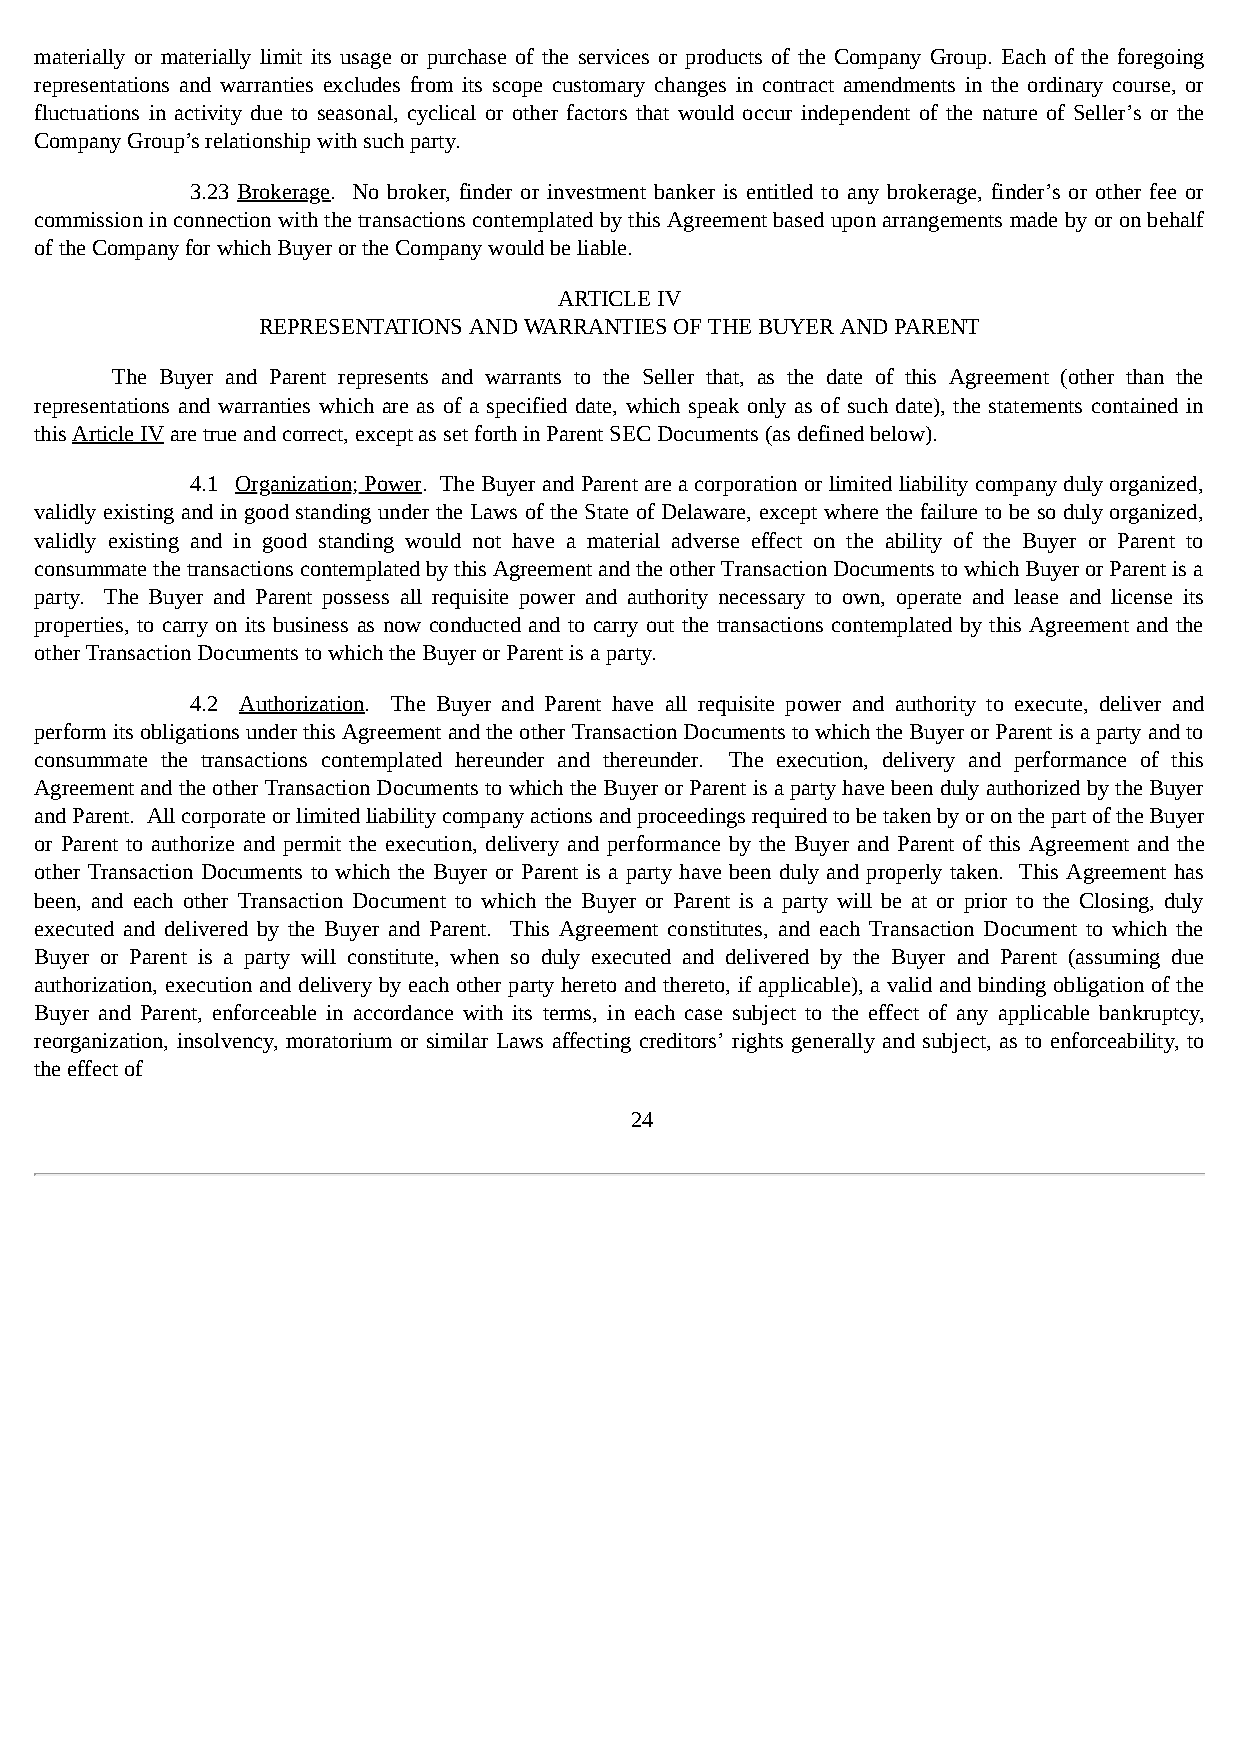
materially or materially limit its usage or purchase of the services or products of the Company Group. Each of the foregoing
 representations and warranties excludes from its scope customary changes in contract amendments in the ordinary course, or
 fluctuations in activity due to seasonal, cyclical or other factors that would occur independent of the nature of Seller’s or the
 Company Group’s relationship with such party.
 3.23 Brokerage. No broker, finder or investment banker is entitled to any brokerage, finder’s or other fee or
 commission in connection with the transactions contemplated by this Agreement based upon arrangements made by or on behalf
 of the Company for which Buyer or the Company would be liable.
 ARTICLE IV
 REPRESENTATIONS AND WARRANTIES OF THE BUYER AND PARENT
 The Buyer and Parent represents and warrants to the Seller that, as the date of this Agreement (other than the
 representations and warranties which are as of a specified date, which speak only as of such date), the statements contained in
 this Article IV are true and correct, except as set forth in Parent SEC Documents (as defined below).
 4.1 Organization; Power. The Buyer and Parent are a corporation or limited liability company duly organized,
 validly existing and in good standing under the Laws of the State of Delaware, except where the failure to be so duly organized,
 validly existing and in good standing would not have a material adverse effect on the ability of the Buyer or Parent to
 consummate the transactions contemplated by this Agreement and the other Transaction Documents to which Buyer or Parent is a
 party. The Buyer and Parent possess all requisite power and authority necessary to own, operate and lease and license its
 properties, to carry on its business as now conducted and to carry out the transactions contemplated by this Agreement and the
 other Transaction Documents to which the Buyer or Parent is a party.
 4.2 Authorization. The Buyer and Parent have all requisite power and authority to execute, deliver and
 perform its obligations under this Agreement and the other Transaction Documents to which the Buyer or Parent is a party and to
 consummate the transactions contemplated hereunder and thereunder. The execution, delivery and performance of this
 Agreement and the other Transaction Documents to which the Buyer or Parent is a party have been duly authorized by the Buyer
 and Parent. All corporate or limited liability company actions and proceedings required to be taken by or on the part of the Buyer
 or Parent to authorize and permit the execution, delivery and performance by the Buyer and Parent of this Agreement and the
 other Transaction Documents to which the Buyer or Parent is a party have been duly and properly taken. This Agreement has
 been, and each other Transaction Document to which the Buyer or Parent is a party will be at or prior to the Closing, duly
 executed and delivered by the Buyer and Parent. This Agreement constitutes, and each Transaction Document to which the
 Buyer or Parent is a party will constitute, when so duly executed and delivered by the Buyer and Parent (assuming due
 authorization, execution and delivery by each other party hereto and thereto, if applicable), a valid and binding obligation of the
 Buyer and Parent, enforceable in accordance with its terms, in each case subject to the effect of any applicable bankruptcy,
 reorganization, insolvency, moratorium or similar Laws affecting creditors’ rights generally and subject, as to enforceability, to
 the effect of
 24